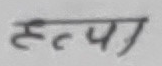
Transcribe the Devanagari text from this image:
हत्त